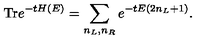
\mathrm { T r } e ^ { - t H ( E ) } = \sum _ { n _ { L } , n _ { R } } e ^ { - t E ( 2 n _ { L } + 1 ) } .